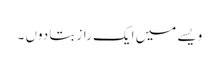
ویسے میں ایک راز بتا دوں ۔